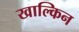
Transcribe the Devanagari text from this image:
खाल्किन